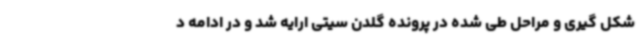
شکل گیری و مراحل طی شده در پرونده گلدن سیتی ارایه شد و در ادامه د